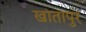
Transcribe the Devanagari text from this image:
खातापुर